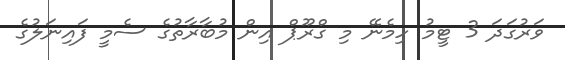
ވަރުގަދަ 3 ޓީމު ހިމެނޭ މި ގްރޫޕް އިން މުބާރާތުގެ ސެމީ ފައިނަލުގެ